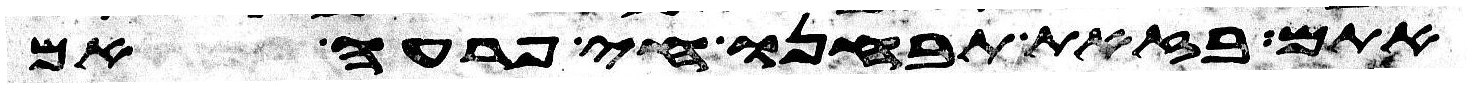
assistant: אתם בזאת תבחנו חי פרעה אם